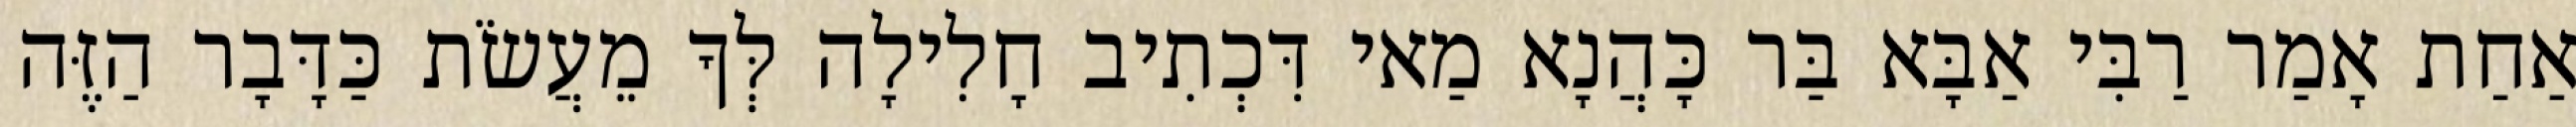
אַחַת אָמַר רַבִּי אַבָּא בַּר כָּהֲנָא מַאי דִּכְתִיב חָלִילָה לְּךָ מֵעֲשֹׂת כַּדָּבָר הַזֶּה